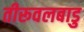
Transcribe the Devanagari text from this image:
तीरूवलबाडु